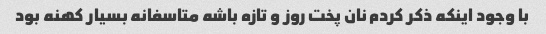
با وجود اینکه ذکر کردم نان پخت روز و تازه باشه متاسفانه بسیار کهنه بود